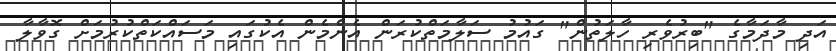
އަދި މާދަމާގެ "ބިރުވެރި ހާލަތުން" ގައުމު ސަލާމަތްކުރަން އެންމެން އެކުގައި މަސައްކަތްކުރުމަށް ގޮވާލާ